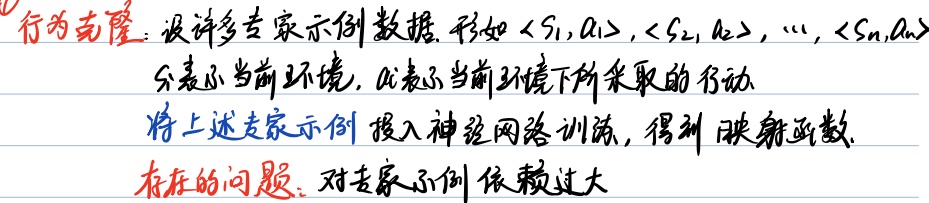
行为克隆：设许多专家示例数据，形如$\langle s_1, a_1\rangle, \langle s_2, a_2\rangle, \cdots, \langle s_n, a_n\rangle$，其中\(s\)表示当前环境，\(a\)表示当前环境下所采取的行动。将上述专家示例投入神经网络训练，得到映射函数。
存在的问题：对专家示例依赖过大。